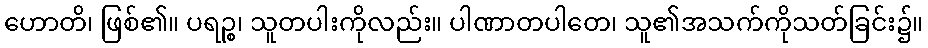
ဟောတိ၊ ဖြစ်၏။ ပရဉ္စ၊ သူတပါးကိုလည်း။ ပါဏာတပါတေ၊ သူ၏အသက်ကိုသတ်ခြင်း၌။